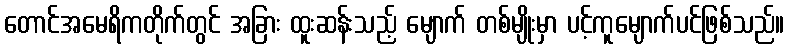
တောင်အမေရိကတိုက်တွင် အခြား ထူးဆန်းသည့် မျောက် တစ်မျိုးမှာ ပင့်ကူမျောက်ပင်ဖြစ်သည်။